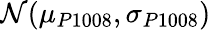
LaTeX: \mathcal{N}(\mu_{P1008},\sigma_{P1008})